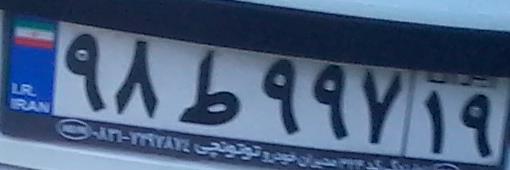
۹۸ط۹۹۷۱۹